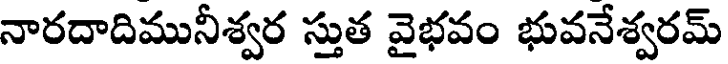
నారదాదిమునీశ్వర స్తుత వైభవం భువనేశ్వరమ్